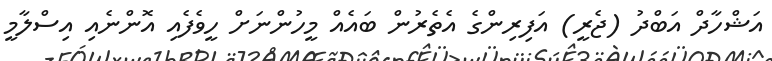
އަޝްހާދް އަބްދު (ޖެރީ) އަފިރިންގެ އެތެރުން ބައެއް މީހުންނަށް ހީވެފެއި އޮންނެއި އިސްލާމީ